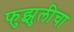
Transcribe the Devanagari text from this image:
फुझुलीचा